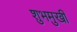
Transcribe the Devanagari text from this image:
शुभमुखी